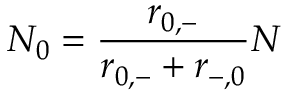
N _ { 0 } = \frac { r _ { 0 , - } } { r _ { 0 , - } + r _ { - , 0 } } N